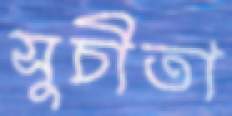
সুচীতা